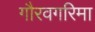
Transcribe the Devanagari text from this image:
गौरवगरिमा